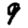
Digit: 9